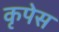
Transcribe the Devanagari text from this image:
कृपेस